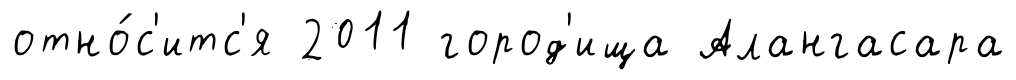
отно́с'итс'я 2011 город'ища Алангасара